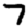
Digit: 7